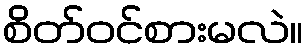
စိတ်ဝင်စားမလဲ။